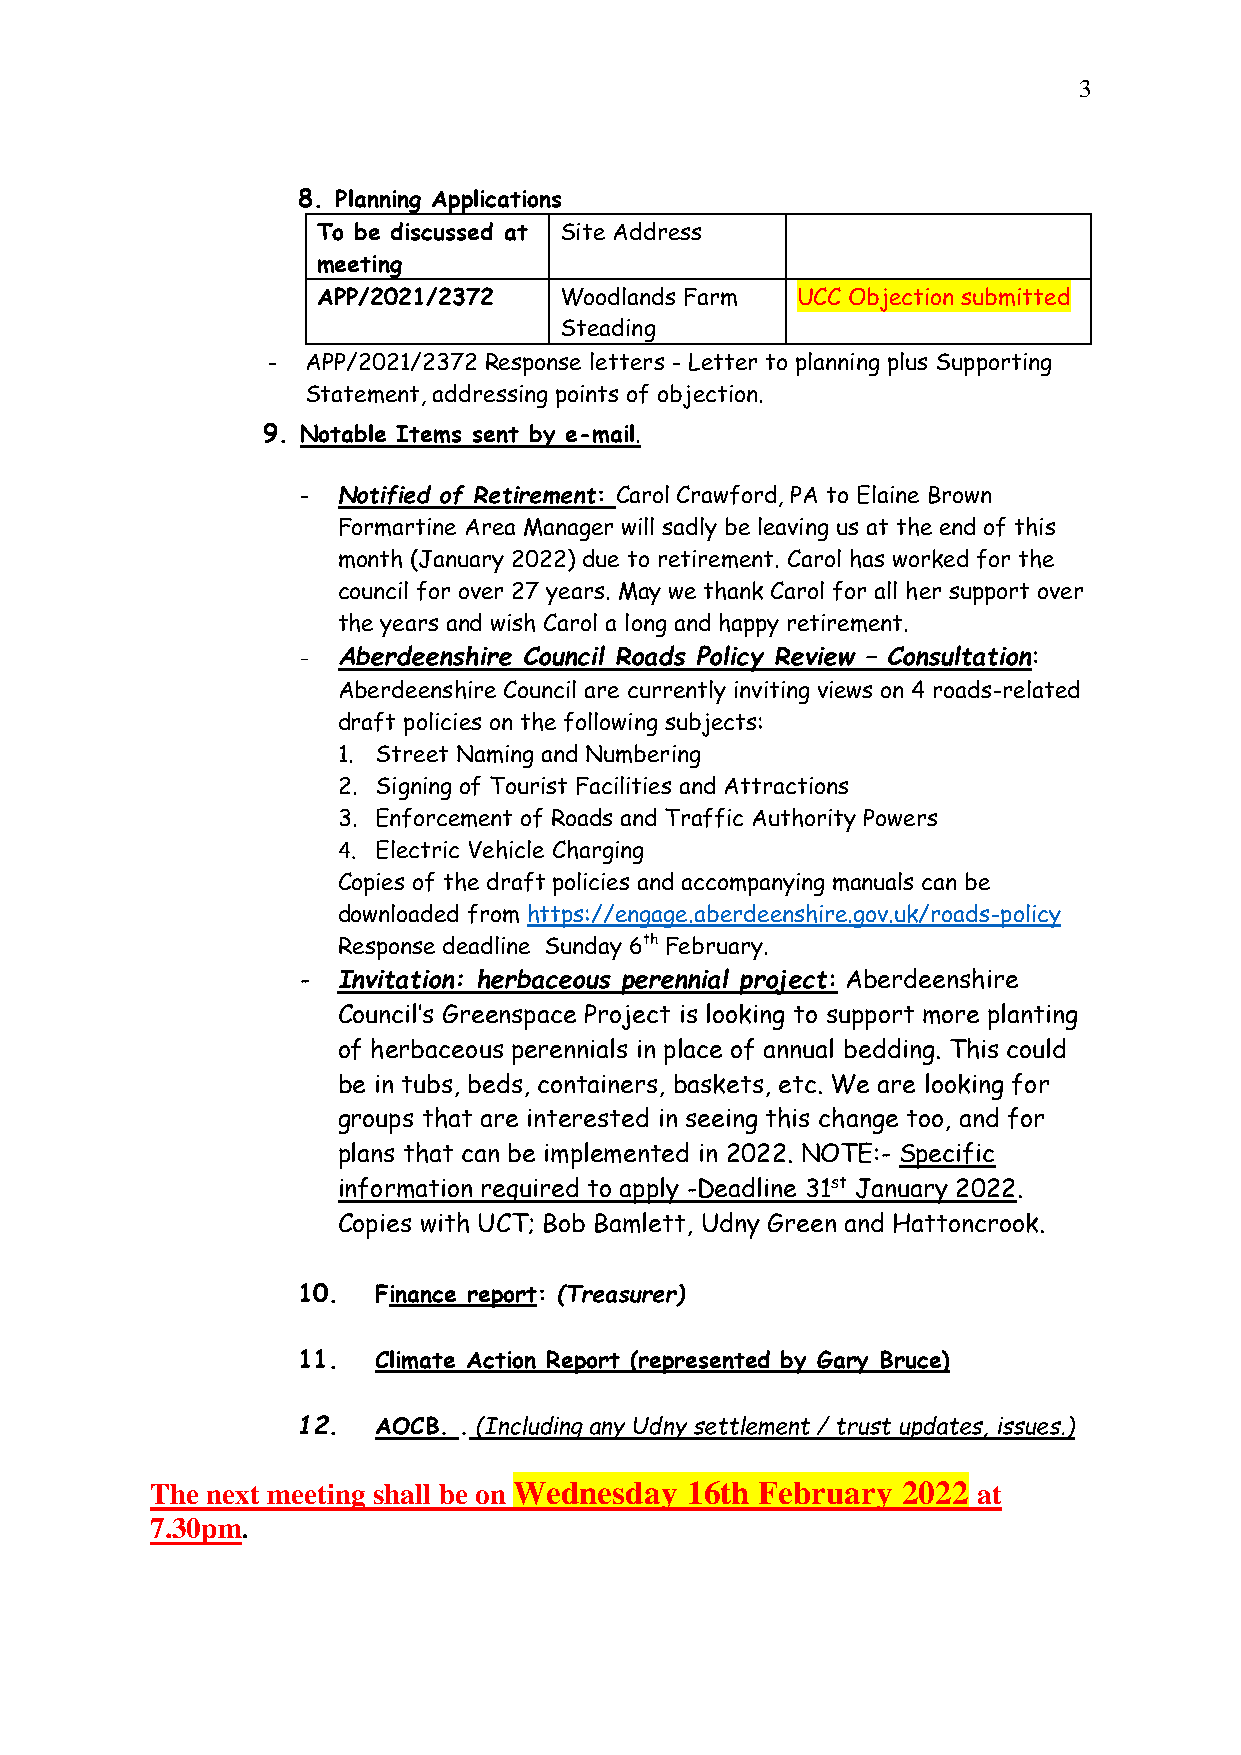
3
 8. Planning Applications
 To be discussed at Site Address
 meeting
 APP/2021/2372   Woodlands Farm  UCC Objection submitted
 Steading
 - APP/2021/2372 Response letters - Letter to planning plus Supporting
 Statement, addressing points of objection.
 9. Notable Items sent by e-mail.
 - Notified of Retirement: Carol Crawford, PA to Elaine Brown
 Formartine Area Manager will sadly be leaving us at the end of this
 month (January 2022) due to retirement. Carol has worked for the
 council for over 27 years. May we thank Carol for all her support over
 the years and wish Carol a long and happy retirement.
 - Aberdeenshire Council Roads Policy Review – Consultation:
 Aberdeenshire Council are currently inviting views on 4 roads-related
 draft policies on the following subjects:
 1. Street Naming and Numbering
 2. Signing of Tourist Facilities and Attractions
 3. Enforcement of Roads and Traffic Authority Powers
 4. Electric Vehicle Charging
 Copies of the draft policies and accompanying manuals can be
 downloaded from https://engage.aberdeenshire.gov.uk/roads-policy
 Response deadline Sunday 6th February.
 - Invitation: herbaceous perennial project: Aberdeenshire
 Council’s Greenspace Project is looking to support more planting
 of herbaceous perennials in place of annual bedding. This could
 be in tubs, beds, containers, baskets, etc. We are looking for
 groups that are interested in seeing this change too, and for
 plans that can be implemented in 2022. NOTE:- Specific
 information required to apply -Deadline 31st January 2022.
 Copies with UCT; Bob Bamlett, Udny Green and Hattoncrook.
 10.  Finance report: (Treasurer)
 11.  Climate Action Report (represented by Gary Bruce)
 12.  AOCB. . (Including any Udny settlement / trust updates, issues.)
 The next meeting shall be on Wednesday 16th February 2022 at
 7.30pm.